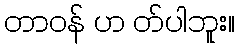
တာဝန် ဟ တ်ပါဘူး။